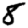
Digit: 8